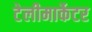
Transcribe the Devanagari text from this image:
टेलीमार्केटर